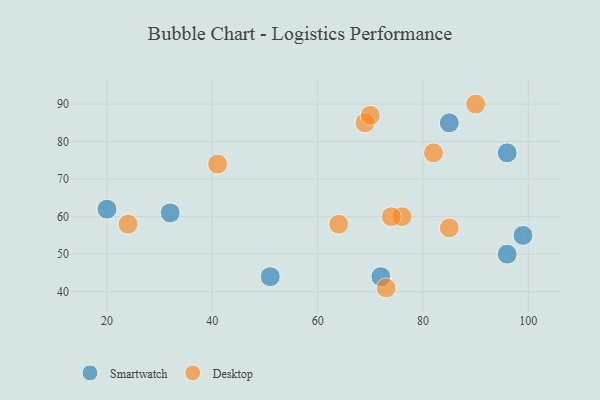
{"axis": {"x": "GDP", "y": "Life Expectancy"}, "legend": ["Desktop", "Smartwatch"], "data": [{"x": "99", "y": 55, "type": "Smartwatch"}, {"x": "72", "y": 44, "type": "Smartwatch"}, {"x": "85", "y": 85, "type": "Smartwatch"}, {"x": "96", "y": 50, "type": "Smartwatch"}, {"x": "96", "y": 77, "type": "Smartwatch"}, {"x": "32", "y": 61, "type": "Smartwatch"}, {"x": "51", "y": 44, "type": "Smartwatch"}, {"x": "20", "y": 62, "type": "Smartwatch"}, {"x": "82", "y": 77, "type": "Desktop"}, {"x": "69", "y": 85, "type": "Desktop"}, {"x": "64", "y": 58, "type": "Desktop"}, {"x": "70", "y": 87, "type": "Desktop"}, {"x": "85", "y": 57, "type": "Desktop"}, {"x": "90", "y": 90, "type": "Desktop"}, {"x": "24", "y": 58, "type": "Desktop"}, {"x": "76", "y": 60, "type": "Desktop"}, {"x": "73", "y": 41, "type": "Desktop"}, {"x": "74", "y": 60, "type": "Desktop"}, {"x": "41", "y": 74, "type": "Desktop"}]}